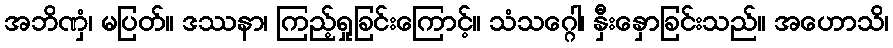
အဘိဏှံ၊ မပြတ်။ ဒဿနာ၊ ကြည့်ရှုခြင်းကြောင့်။ သံသဂ္ဂေါ၊ နှီးနှောခြင်းသည်။ အဟောသိ၊